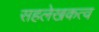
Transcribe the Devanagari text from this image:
सहलेखकत्व